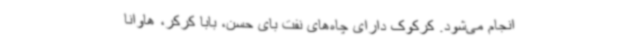
انجام می‌شود. کرکوک دارای چاه‌های نفت بای حسن، بابا کرکر،‌ هاوانا